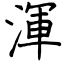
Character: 渾